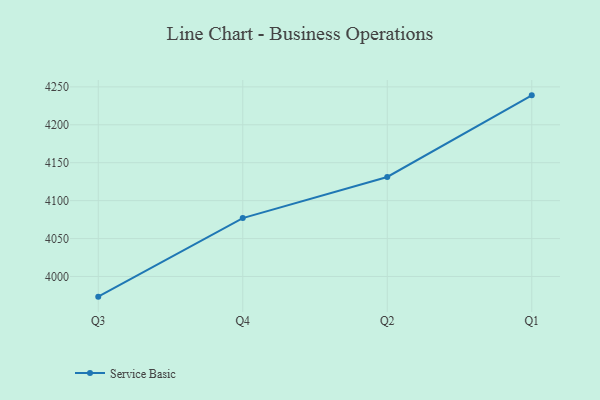
{"axis": {"x": "Quarter", "y": "Production Output"}, "legend": ["Service Basic"], "data": [{"x": "Q3", "y": 3973.4, "type": "Service Basic"}, {"x": "Q4", "y": 4077.0, "type": "Service Basic"}, {"x": "Q2", "y": 4131.2, "type": "Service Basic"}, {"x": "Q1", "y": 4238.8, "type": "Service Basic"}]}